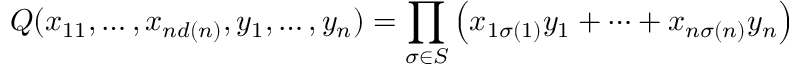
Q ( x _ { 1 1 } , \dots , x _ { n d ( n ) } , y _ { 1 } , \dots , y _ { n } ) = \prod _ { \sigma \in S } \left( x _ { 1 \sigma ( 1 ) } y _ { 1 } + \dots + x _ { n \sigma ( n ) } y _ { n } \right)